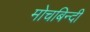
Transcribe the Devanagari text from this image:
मोचबिन्दी